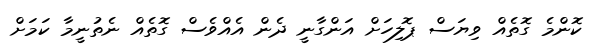
ކޮންމެ ގޮތެއް ވިޔަސް ޕޮލިހަށް އަންގާނީ ދެން އެއްވެސް ގޮތެއް ނެތުނީމާ ކަމަށް